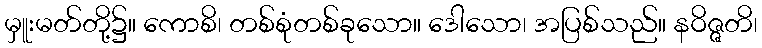
မှူးမတ်တို့၌။ ကောစိ၊ တစ်စုံတစ်ခုသော။ ဒေါသော၊ အပြစ်သည်။ နဝိဇ္ဇတိ၊